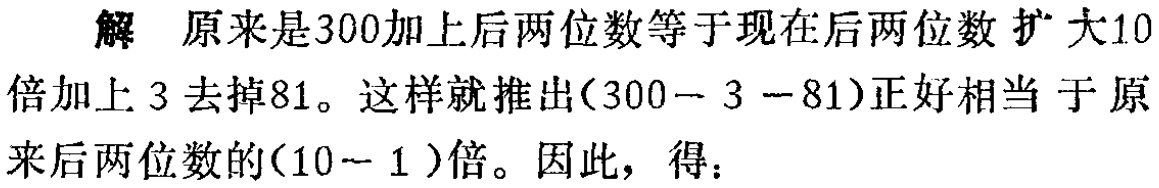
解 原来是300加上后两位数等于现在后两位数 扩大10倍加上 3 去掉81。这样就推出\((300 - 3 - 81)\)正好相当 于原来后两位数的\((10 - 1)\)倍。因此，得：